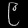
Digit: ၉